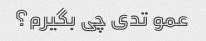
عمو تدی چی بگیرم؟